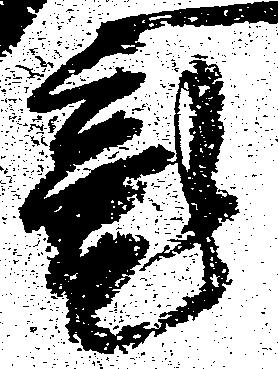
魂